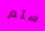
سئم